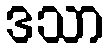
ဒသာ